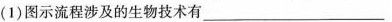
(1)图示流程涉及的生物技术_________